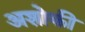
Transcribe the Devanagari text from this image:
अशोकी